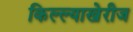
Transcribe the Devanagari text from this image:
किल्ल्याखेरीज